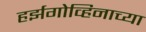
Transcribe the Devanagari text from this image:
हर्झगोव्हिनाच्या